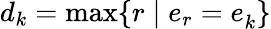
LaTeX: d_{k}=\operatorname*{max}\{ r\mid e_{r}=e_{k}^{\, }\}